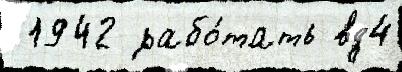
 1942 рабо́тать вд4